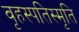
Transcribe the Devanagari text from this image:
वृहस्पतिस्मृति